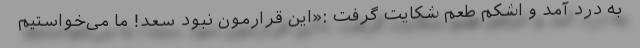
به درد آمد و اشکم طعم شکایت گرفت :«این قرارمون نبود سعد! ما می‌خواستیم